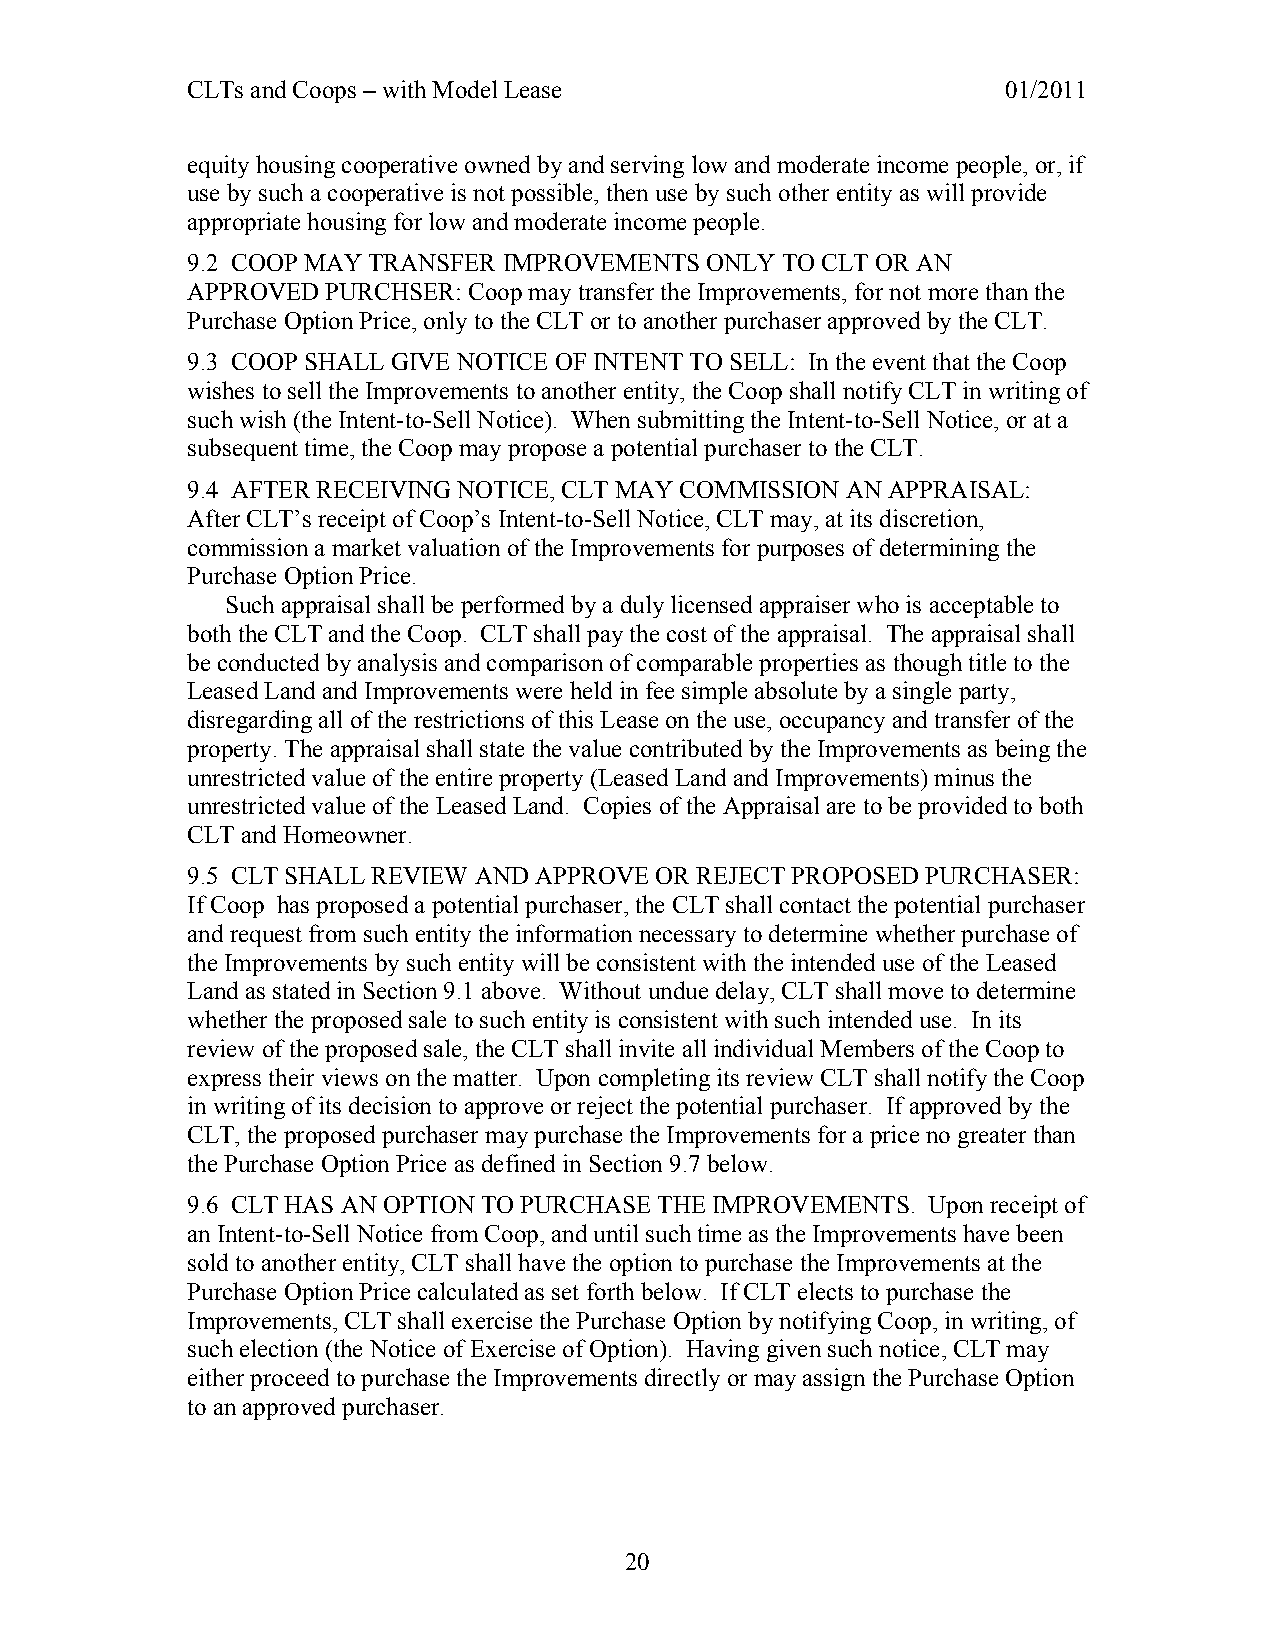
CLTs and Coops – with Model Lease                      01/2011
 equity housing cooperative owned by and serving low and moderate income people, or, if
 use by such a cooperative is not possible, then use by such other entity as will provide
 appropriate housing for low and moderate income people.
 9.2 COOP MAY TRANSFER IMPROVEMENTS ONLY TO CLT OR AN
 APPROVED  PURCHSER: Coop may transfer the Improvements, for not more than the
 Purchase Option Price, only to the CLT or to another purchaser approved by the CLT.
 9.3 COOP SHALL GIVE NOTICE OF INTENT TO SELL: In the event that the Coop
 wishes to sell the Improvements to another entity, the Coop shall notify CLT in writing of
 such wish (the Intent-to-Sell Notice). When submitting the Intent-to-Sell Notice, or at a
 subsequent time, the Coop may propose a potential purchaser to the CLT.
 9.4 AFTER RECEIVING NOTICE, CLT MAY COMMISSION AN APPRAISAL:
 After CLT’s receipt of Coop’s Intent-to-Sell Notice, CLT may, at its discretion,
 commission a market valuation of the Improvements for purposes of determining the
 Purchase Option Price.
 Such appraisal shall be performed by a duly licensed appraiser who is acceptable to
 both the CLT and the Coop. CLT shall pay the cost of the appraisal. The appraisal shall
 be conducted by analysis and comparison of comparable properties as though title to the
 Leased Land and Improvements were held in fee simple absolute by a single party,
 disregarding all of the restrictions of this Lease on the use, occupancy and transfer of the
 property. The appraisal shall state the value contributed by the Improvements as being the
 unrestricted value of the entire property (Leased Land and Improvements) minus the
 unrestricted value of the Leased Land. Copies of the Appraisal are to be provided to both
 CLT and Homeowner.
 9.5 CLT SHALL REVIEW AND APPROVE OR REJECT PROPOSED PURCHASER:
 If Coop has proposed a potential purchaser, the CLT shall contact the potential purchaser
 and request from such entity the information necessary to determine whether purchase of
 the Improvements by such entity will be consistent with the intended use of the Leased
 Land as stated in Section 9.1 above. Without undue delay, CLT shall move to determine
 whether the proposed sale to such entity is consistent with such intended use. In its
 review of the proposed sale, the CLT shall invite all individual Members of the Coop to
 express their views on the matter. Upon completing its review CLT shall notify the Coop
 in writing of its decision to approve or reject the potential purchaser. If approved by the
 CLT, the proposed purchaser may purchase the Improvements for a price no greater than
 the Purchase Option Price as defined in Section 9.7 below.
 9.6 CLT HAS AN OPTION TO PURCHASE THE IMPROVEMENTS. Upon receipt of
 an Intent-to-Sell Notice from Coop, and until such time as the Improvements have been
 sold to another entity, CLT shall have the option to purchase the Improvements at the
 Purchase Option Price calculated as set forth below. If CLT elects to purchase the
 Improvements, CLT shall exercise the Purchase Option by notifying Coop, in writing, of
 such election (the Notice of Exercise of Option). Having given such notice, CLT may
 either proceed to purchase the Improvements directly or may assign the Purchase Option
 to an approved purchaser.
 20